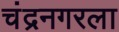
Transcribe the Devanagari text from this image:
चंद्रनगरला